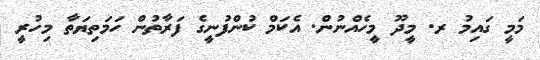
މަމީ ގައިމު ރ. މީދޫ މީހެއްނުން. އެކަމް ކުންފުނީގެ ފަރާތުން ހަމަތިޔަތާ މިހުރީ